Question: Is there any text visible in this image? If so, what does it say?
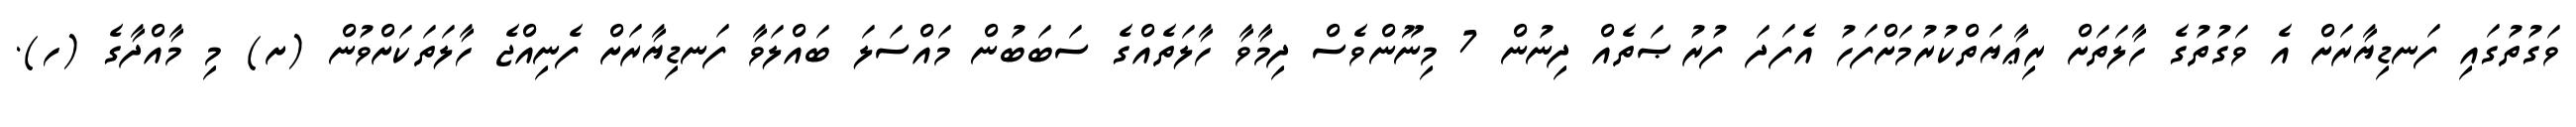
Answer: ވަގުތުގައި ފަނޑިޔާރަށް އެ ވަގުތުގެ ހާލަތަށް ރިޢާޔަތްކުރުމަށްފަހު އެފަދަ ފުރުޞަތެއް ދިނުން 7 މިނޫންވެސް ދިމާވާ ހާލަތެއްގެ ސަބަބުން މައްސަލަ ބައްލަވާ ފަނޑިޔާރަށް ފެނިއްޖެ ހާލަތަކަށްވުން (ށ) މި މާއްދާގެ (ހ).